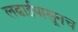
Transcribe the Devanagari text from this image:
लढाईपासूनच